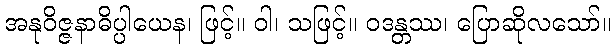
အနုဝိဇ္ဇနာဓိပ္ပါယေန၊ ဖြင့်။ ဝါ၊ သဖြင့်။ ဝဒန္တဿ၊ ပြောဆိုလသော်။